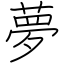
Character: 夢